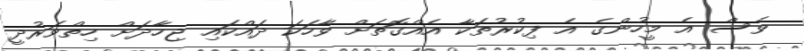
ވެސް އެ މީހުންގެ އެ ފިކުރުތަކާ އެއްގޮތަށް ވާހަކަ ދައްކައި ޖިހާދަށް ހިތްވަރުދީ